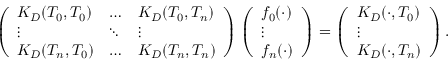
\left( \begin{array} { l l l } { K _ { D } ( T _ { 0 } , T _ { 0 } ) } & { \ldots } & { K _ { D } ( T _ { 0 } , T _ { n } ) } \\ { \vdots } & { \ddots } & { \vdots } \\ { K _ { D } ( T _ { n } , T _ { 0 } ) } & { \ldots } & { K _ { D } ( T _ { n } , T _ { n } ) } \end{array} \right) \left( \begin{array} { l } { f _ { 0 } ( \cdot ) } \\ { \vdots } \\ { f _ { n } ( \cdot ) } \end{array} \right) = \left( \begin{array} { l } { K _ { D } ( \cdot , T _ { 0 } ) } \\ { \vdots } \\ { K _ { D } ( \cdot , T _ { n } ) } \end{array} \right) .